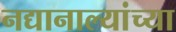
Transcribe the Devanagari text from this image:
नद्यानाल्यांच्या